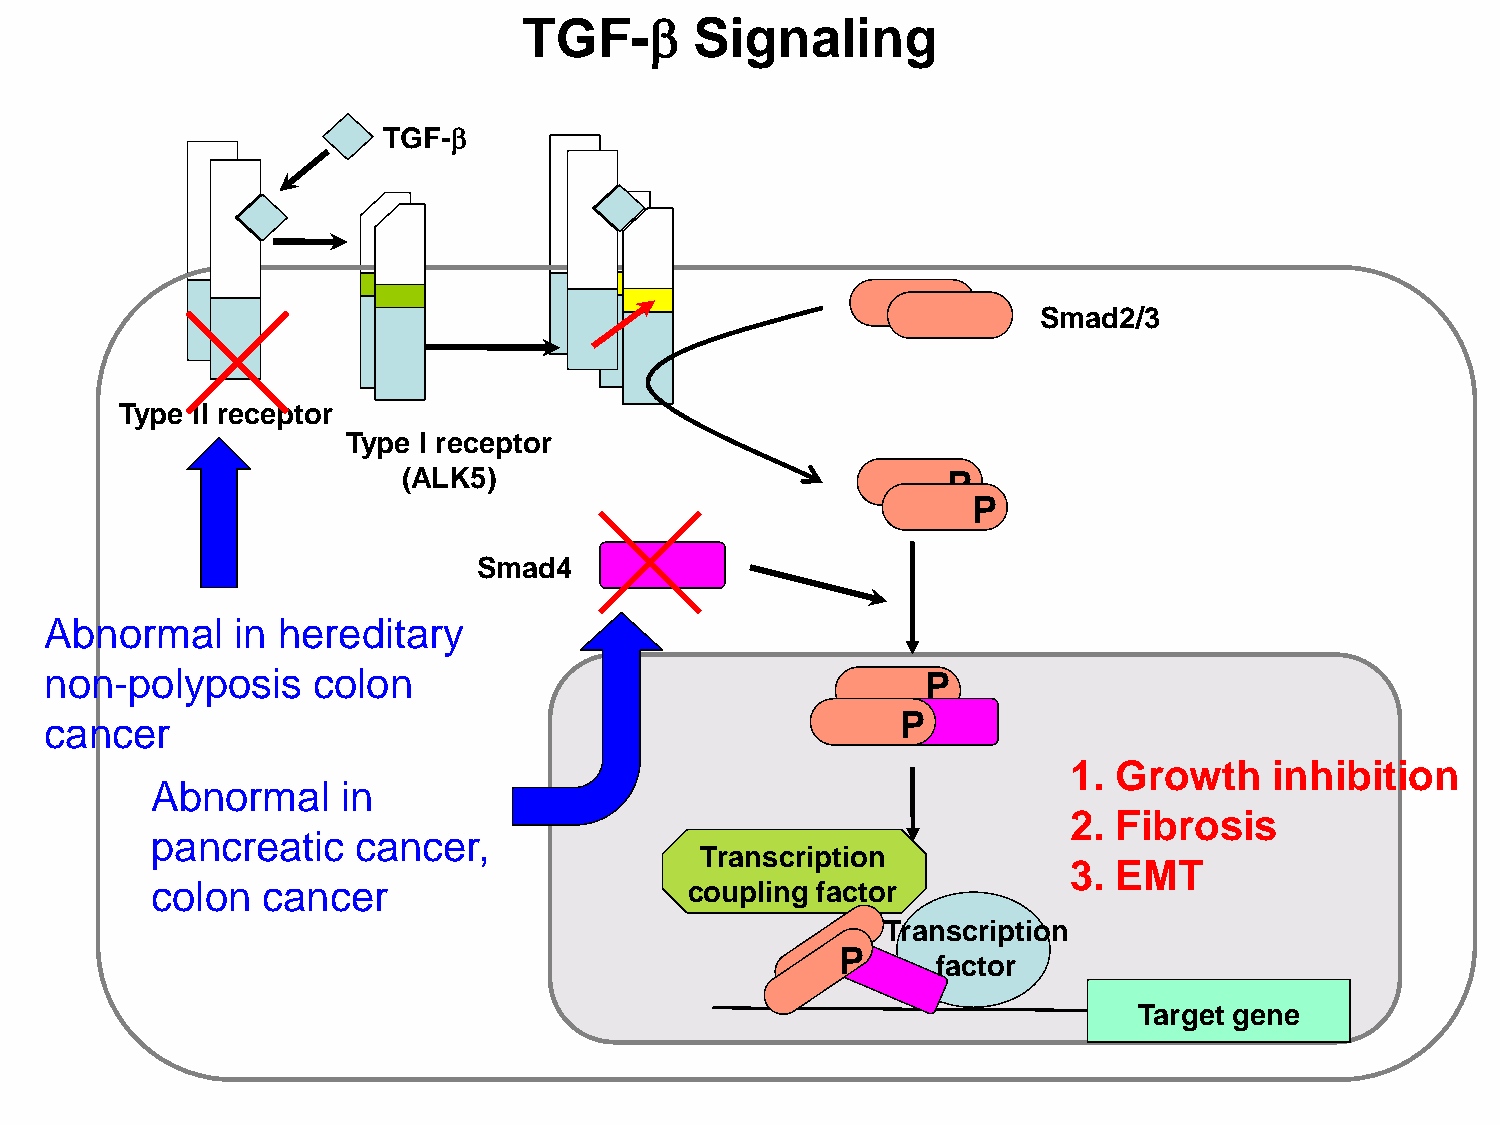
β
 TGF-       Signaling
 TGF-β
 Smad2/3
 Type II receptor
 Type I receptor
 (ALK5)                              P
 P
 Smad4
 Abnormal    in hereditary
 non-polyposis     colon                                   P
 cancer                                                   P
 1. Growth    inhibition
 Abnormal     in
 2. Fibrosis
 pancreatic   cancer,
 Transcription
 3. EMT
 colon  cancer                       coupling factor
 Transcription
 P
 factor
 Target gene